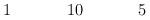
LaTeX: \begin{align*}\begin{array}{ccccccccccccccccc}&&&1&&&&10&&&&5&&&&\\\end{array}\end{align*}